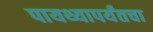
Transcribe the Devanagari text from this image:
पायथ्यापर्यंतचा